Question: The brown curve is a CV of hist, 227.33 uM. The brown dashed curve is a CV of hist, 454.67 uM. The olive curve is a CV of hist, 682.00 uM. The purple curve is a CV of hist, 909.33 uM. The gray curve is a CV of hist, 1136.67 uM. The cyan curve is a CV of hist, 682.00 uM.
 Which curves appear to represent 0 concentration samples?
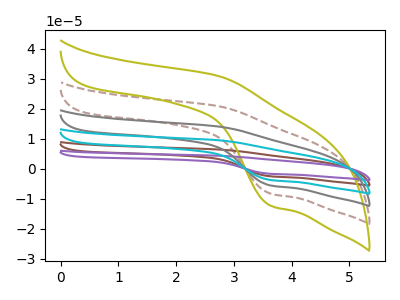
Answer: <think>The brown curve "hist, 227.33 uM" has an anodic peak at (2.75V, 83.25uA) and a cathodic peak at (3.65V, -33.05uA). The brown dashed curve "hist, 454.67 uM" has an anodic peak at (2.75V, 20.80uA) and a cathodic peak at (3.65V, -8.25uA). The olive curve "hist, 682.00 uM" has an anodic peak at (2.75V, 30.85uA) and a cathodic peak at (3.65V, -12.25uA). The purple curve "hist, 909.33 uM" has an anodic peak at (2.75V, 104.10uA) and a cathodic peak at (3.65V, -41.35uA). The gray curve "hist, 1136.67 uM" has an anodic peak at (2.75V, 41.65uA) and a cathodic peak at (3.65V, -16.55uA). The cyan curve "hist, 682.00 uM" has an anodic peak at (2.75V, 62.45uA) and a cathodic peak at (3.65V, -24.80uA).</think>
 <answer>There are not any CV's on this graph that are likely to be blanks.</answer>
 <eval>none</eval>